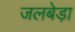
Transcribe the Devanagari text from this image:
जलबेड़ा